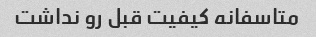
متاسفانه کیفیت قبل رو نداشت